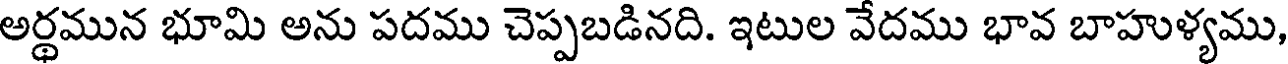
అర్థమున భూమి అను పదము చెప్పబడినది. ఇటుల వేదము భావ బాహుళ్యము,